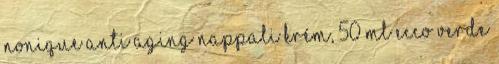
Nonique Anti Aging Nappali krém, 50 ml Ecco Verde